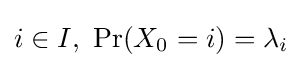
i\in I,~\Pr(X_{0}=i)=\lambda _{i}